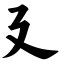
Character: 廴